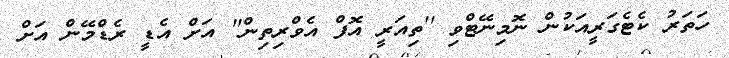
ހަތަރު ކެޓެގަރީއަކުން ނޮމިނޭޓްވި ''ތިއަރީ އޮފް އެވްރިތިން'' އަށް އެޑީ ރެޑްމޭން އަށް